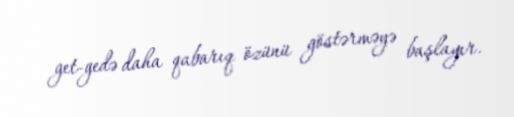
get-gedə daha qabarıq özünü göstərməyə başlayır.